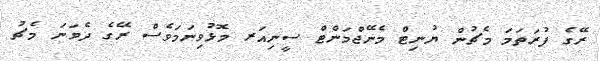
ރޭގެ ފުރަތަމަ މެޗުން ޔުނިޓް މެނޭޖްމަންޓް ސީނިއަރ މޮޅުވިނަމަވެސް ރޭގެ ދެވަނަ މެޗު